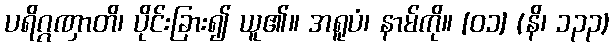
ပရိဂ္ဂဏှာတိ၊ ပိုင်းခြား၍ ယူ၏။ အရူပံ၊ နာမ်ကို။ [၀၁] (နိ၊ ၁၃၃)